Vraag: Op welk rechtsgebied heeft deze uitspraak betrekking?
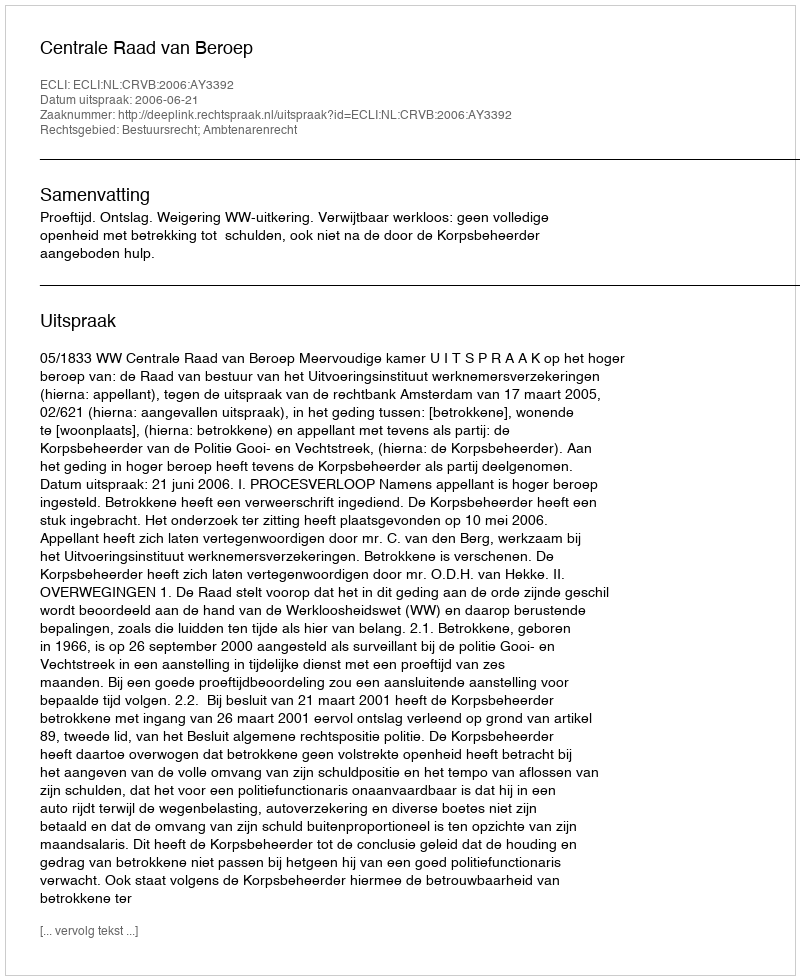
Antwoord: Bestuursrecht; Ambtenarenrecht